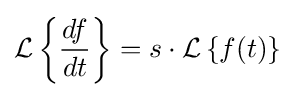
{\mathcal {L}}\left\{{\frac {df}{dt}}\right\}=s\cdot {\mathcal {L}}\left\{f(t)\right\}